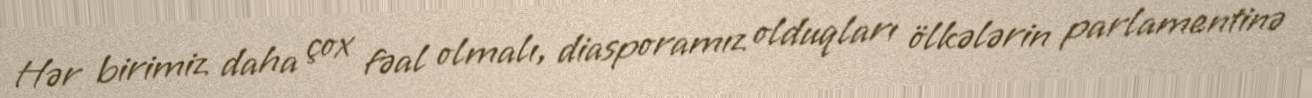
Hər birimiz daha çox fəal olmalı, diasporamız olduqları ölkələrin parlamentinə